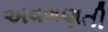
અવગણતી